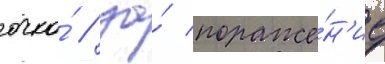
очко́ / за́ пораже́н'ие